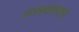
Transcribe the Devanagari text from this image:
ताजमहालापासून